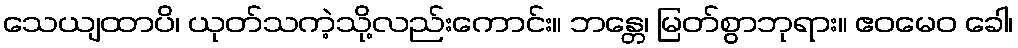
သေယျထာပိ၊ ယုတ်သကဲ့သို့လည်းကောင်း။ ဘန္တေ၊ မြတ်စွာဘုရား။ ဧဝမေဝ ခေါ၊